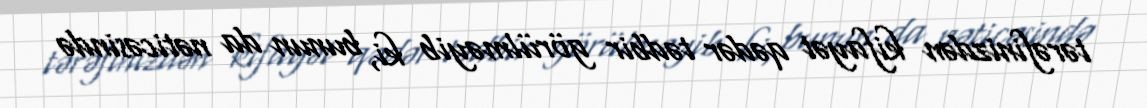
tərəfinizdən kifayət qədər tədbir görülməyib ki, bunun da nəticəsində